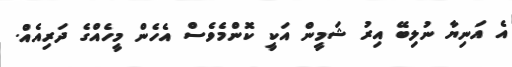
އެ އަނިޔާ ނުލިބޭ އިރު ޝަމީން އަކީ ކޮންމެވެސް އެހެން މީހެއްގެ ދަރިއެއް.